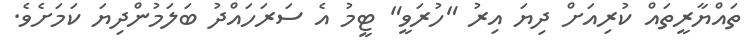
ތައްޔާރީތައް ކުރިއަށް ދިޔަ އިރު "ހުރަވީ" ޓީމު އެ ސަރަހައްދު ބަލަމުންދިޔަ ކަމަށެވެ.